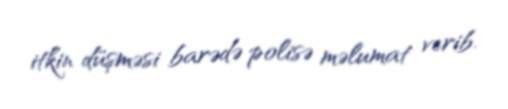
itkin düşməsi barədə polisə məlumat verib.